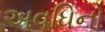
અવધિનો